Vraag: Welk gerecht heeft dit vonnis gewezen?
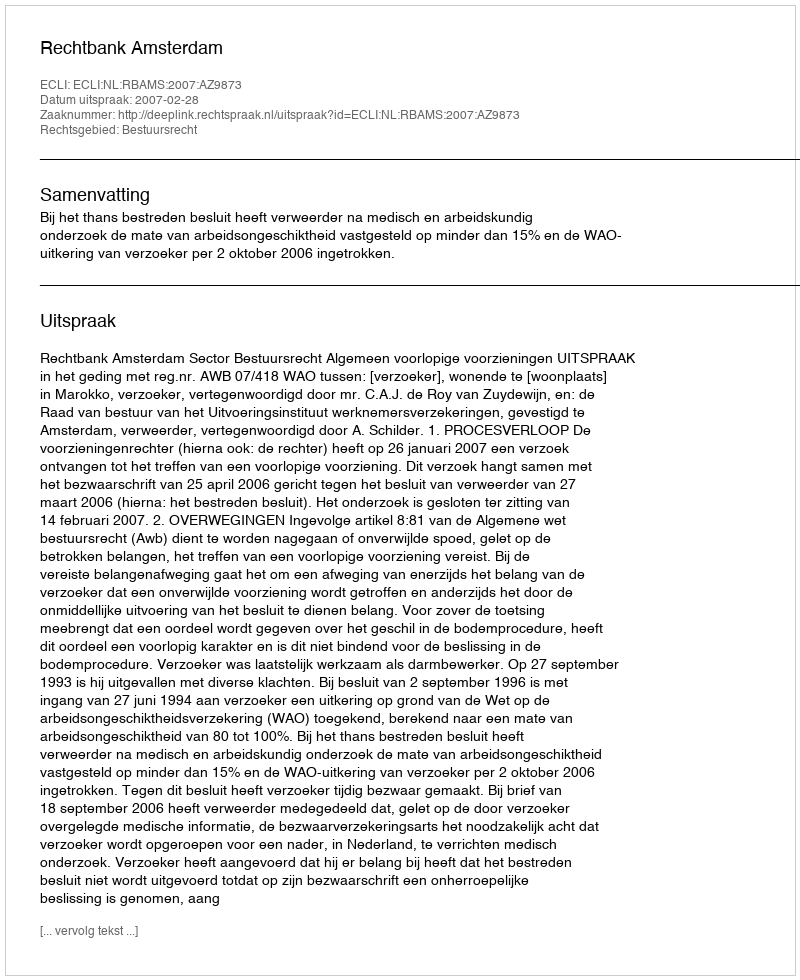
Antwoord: Rechtbank Amsterdam